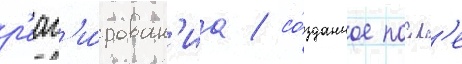
р'еаг'и́рован'иа / со́зданное посл'е